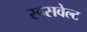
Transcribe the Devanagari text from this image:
रूसवेल्ट